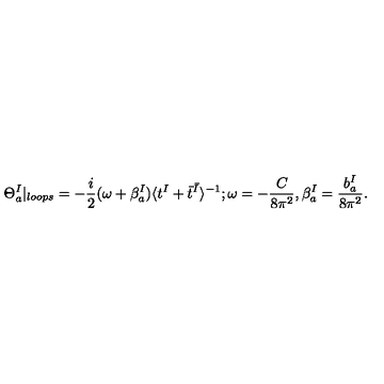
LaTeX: \Theta _ { a } ^ { I } | _ { l o o p s } = - \frac { i } { 2 } ( \omega + \beta _ { a } ^ { I } ) \langle t ^ { I } + \bar { t } ^ { \bar { I } } \rangle ^ { - 1 } ; { } \omega = - \frac { C } { 8 \pi ^ { 2 } } , \beta _ { a } ^ { I } = \frac { b _ { a } ^ { I } } { 8 \pi ^ { 2 } } .